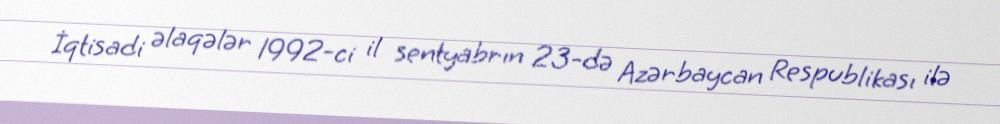
İqtisadi əlaqələr 1992-ci il sentyabrın 23-də Azərbaycan Respublikası ilə